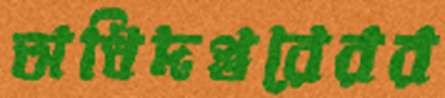
অধিদপ্তরেরর